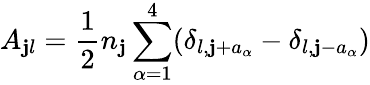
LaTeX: A_{\mathbf{j}l}=\frac{1}{2}n_{\mathbf{j}}\sum_{\alpha=1}^{4}(\delta_{l,\mathbf{j}+a_{\alpha}}-\delta_{l,\mathbf{j}-a_{\alpha}})